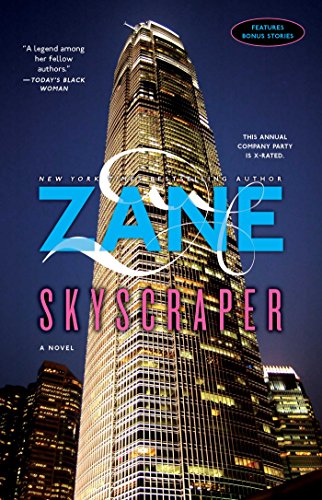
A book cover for Skyscraper: A Novel; Zane; Romance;